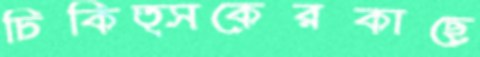
চিকিত্সকেরকাছে